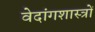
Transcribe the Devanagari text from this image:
वेदांगशास्त्रों